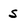
Character: s